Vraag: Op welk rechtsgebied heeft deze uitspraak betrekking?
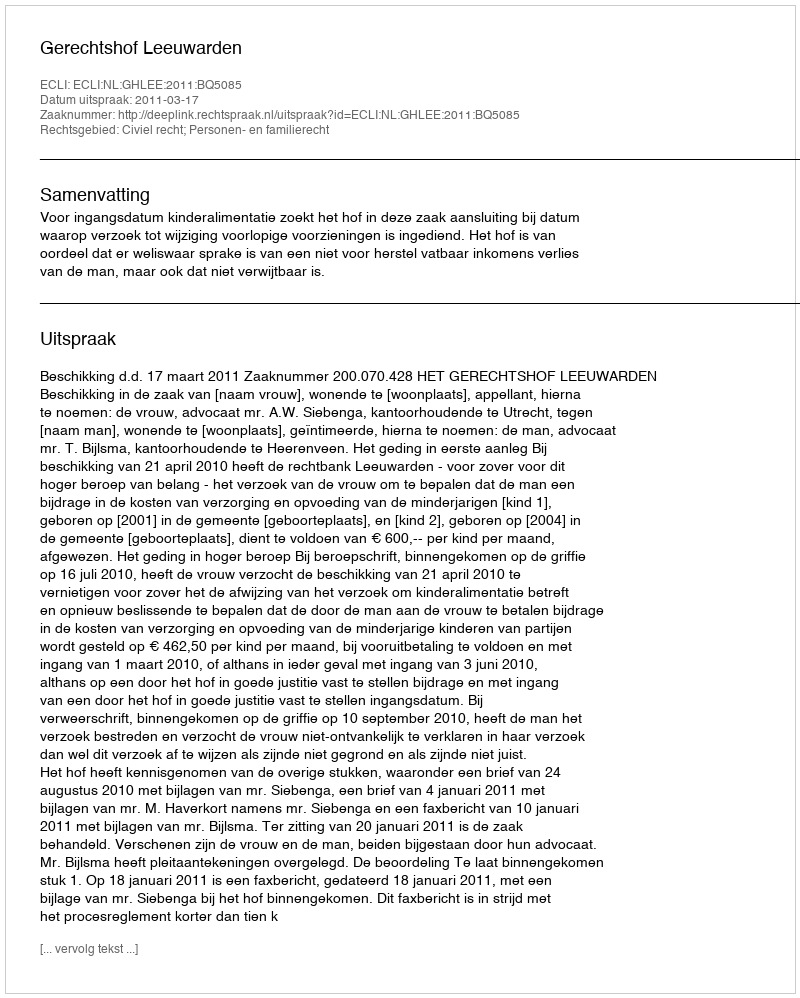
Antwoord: Civiel recht; Personen- en familierecht